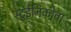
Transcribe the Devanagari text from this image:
स्टुडेनिकोवा